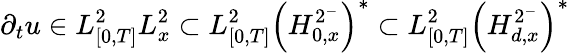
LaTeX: \partial_{t}u\in L_{[0,T]}^{2}L_{x}^{2}\subset L_{[0,T]}^{2}\left(H_{0,x}^{2^{-}}\right)^{*}\subset L_{[0,T]}^{2}\left(H_{d,x}^{2^{-}}\right)^{*}